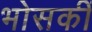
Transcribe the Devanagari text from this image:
भोसकीं